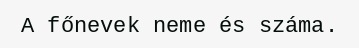
A főnevek neme és száma.